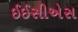
ઈઈસીએસ